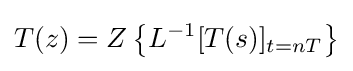
T(z)=Z\left\{L^{-1}[T(s)]_{t=nT}\right\}